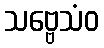
သဗ္ဗေသံဝ